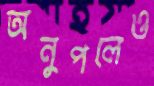
অনুপলেও